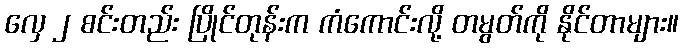
လှေ ၂ စင်းတည်း ပြိုင်တုန်းက ကံကောင်းလို့ တမွတ်ကို နိုင်တာများ။